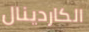
الكاردينال